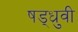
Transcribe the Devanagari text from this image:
षड्ध्रुवी